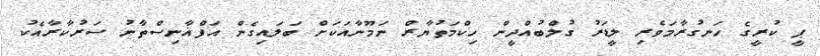
ޕީ ކުރީގެ ހަނގުރާމަވެރި ލީޑަރު ގުލްބުއްދީން ހިކްމަތުޔާރް ނަމޫނާއަކަށް ބަލައިގެން އަފްޣާނިސްތާނު ސަރުކާރާއެކު